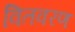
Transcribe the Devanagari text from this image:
वितवरण